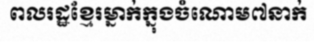
ពលរដ្ឋខ្មែរម្នាក់ក្នុងចំណោម៧នាក់